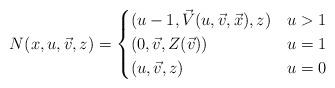
LaTeX: \begin{align*}N(x, u, \vec{v}, z)=\begin{cases}(u-1, \vec{V}(u, \vec{v}, \vec{x}), z) & u > 1 \\(0, \vec{v}, Z(\vec{v})) & u=1 \\(u, \vec{v}, z) & u=0 \\\end{cases} \end{align*}